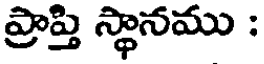
ప్రాప్తి స్థానము :